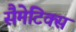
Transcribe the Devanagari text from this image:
सैमेटिक्स